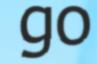
go